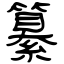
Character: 纂